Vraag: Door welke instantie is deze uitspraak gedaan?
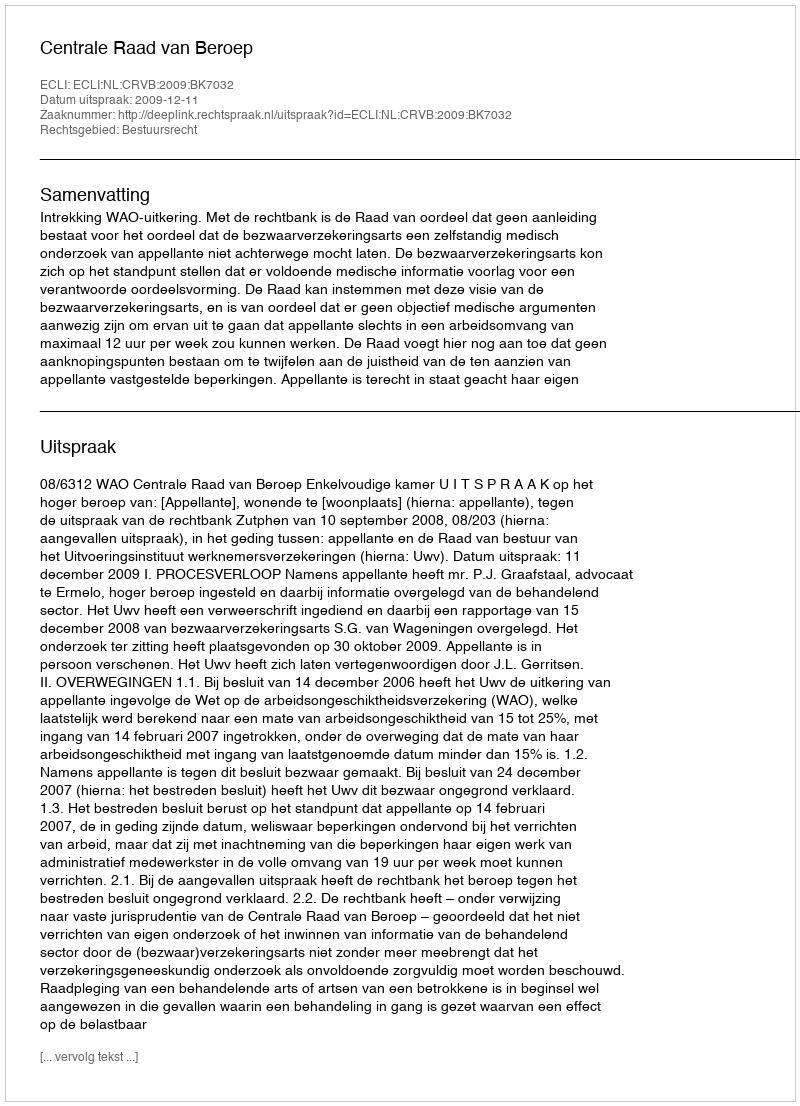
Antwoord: Centrale Raad van Beroep